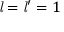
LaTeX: { \mathit { l } } = { \mathit { l } } ^ { \prime } = 1